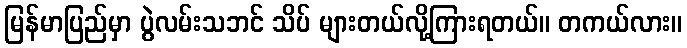
မြန်မာပြည်မှာ ပွဲလမ်းသဘင် သိပ် များတယ်လို့ကြားရတယ်။ တကယ်လား။